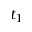
t _ { 1 }